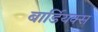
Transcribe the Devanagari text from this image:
बार्डियक्स